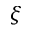
\xi